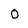
Character: 0